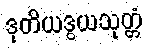
ဒုတိယဒွယသုတ္တံ